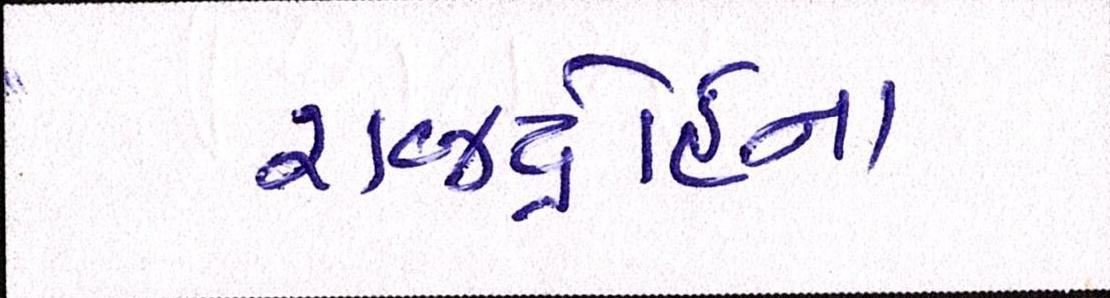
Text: રાજદ્રોહના